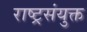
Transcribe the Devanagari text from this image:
राष्ट्रसंयुक्त